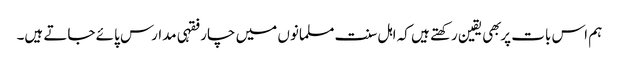
ہم اس بات پر بهی یقین رکهتے ہیں کہ اہل سنت مسلمانوں میں چار فقہی مدارس پائے جاتے ہیں۔